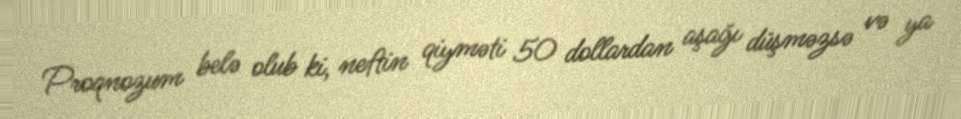
Proqnozum belə olub ki, neftin qiyməti 50 dollardan aşağı düşməzsə və ya